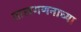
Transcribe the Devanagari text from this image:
तालगणनाच्या